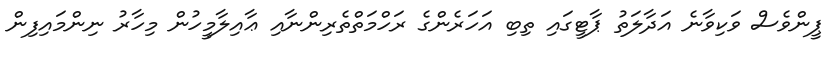
ޕީންވެސް ވަކިވާނެ އަދާލަތު ޕާޓީގައި ތިބި އަހަރެންގެ ރަހްމަތްތެރިންނާއި ޢާއިލާމީހުން މިހާރު ނިންމައިފިން